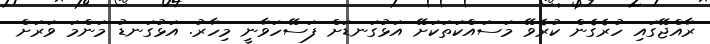
ރާއްޖޭގައި ހުރެގެން ކުރެވޭ މަސައްކަތަކަށޭ އަޅުގަނޑަށް ފަސޭހަވާނީ މިހާރު. އަޅުގަނޑު މަންމަ ވަރަށް